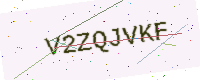
Text: V2ZQJVKF